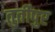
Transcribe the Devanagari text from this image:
तुर्तीपुर